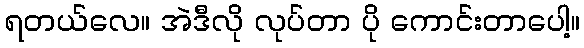
ရတယ်လေ။ အဲဒီလို လုပ်တာ ပို ကောင်းတာပေါ့။